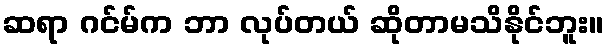
ဆရာ ဂင်မ်က ဘာ လုပ်တယ် ဆိုတာမသိနိုင်ဘူး။